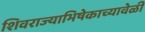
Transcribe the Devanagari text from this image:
शिवराज्याभिषेकाच्यावेळी